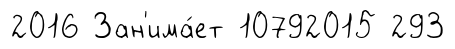
2016 Зан'има́ет 10792015 293